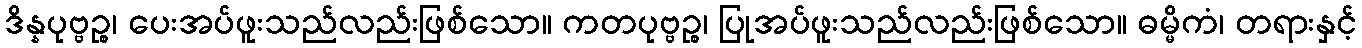
ဒိန္နပုဗ္ဗဉ္စ၊ ပေးအပ်ဖူးသည်လည်းဖြစ်သော။ ကတပုဗ္ဗဉ္စ၊ ပြုအပ်ဖူးသည်လည်းဖြစ်သော။ ဓမ္မိကံ၊ တရားနှင့်